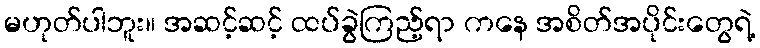
မဟုတ်ပါဘူး။ အဆင့်ဆင့် ထပ်ခွဲကြည့်ရာ ကနေ အစိတ်အပိုင်းတွေရဲ့